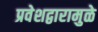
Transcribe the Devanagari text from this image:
प्रवेशद्वारामुळे